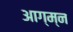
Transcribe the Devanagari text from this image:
आग्म्न